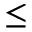
{ \le }